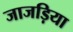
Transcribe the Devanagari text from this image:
जाजड़िया